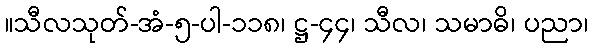
။သီလသုတ်-အံ-၅-ပါ-၁၁၈၊ ဋ္ဌ-၄၄၊ သီလ၊ သမာဓိ၊ ပညာ၊